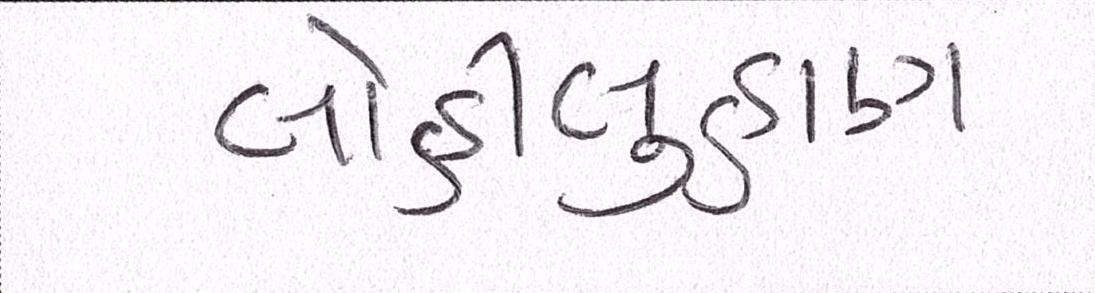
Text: લોહીલુહાણ